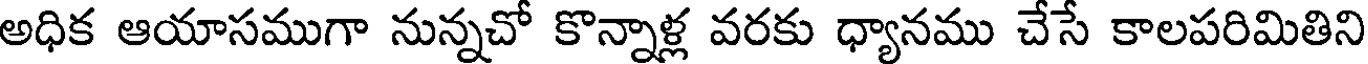
అధిక ఆయాసముగా నున్నచో కొన్నాళ్ల వరకు ధ్యానము చేసే కాలపరిమితిని